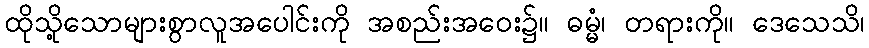
ထိုသို့သောများစွာလူအပေါင်းကို အစည်းအဝေး၌။ ဓမ္မံ၊ တရားကို။ ဒေသေသိ၊